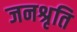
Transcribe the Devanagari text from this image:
जनश्रृति